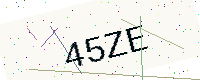
Text: 45ZE